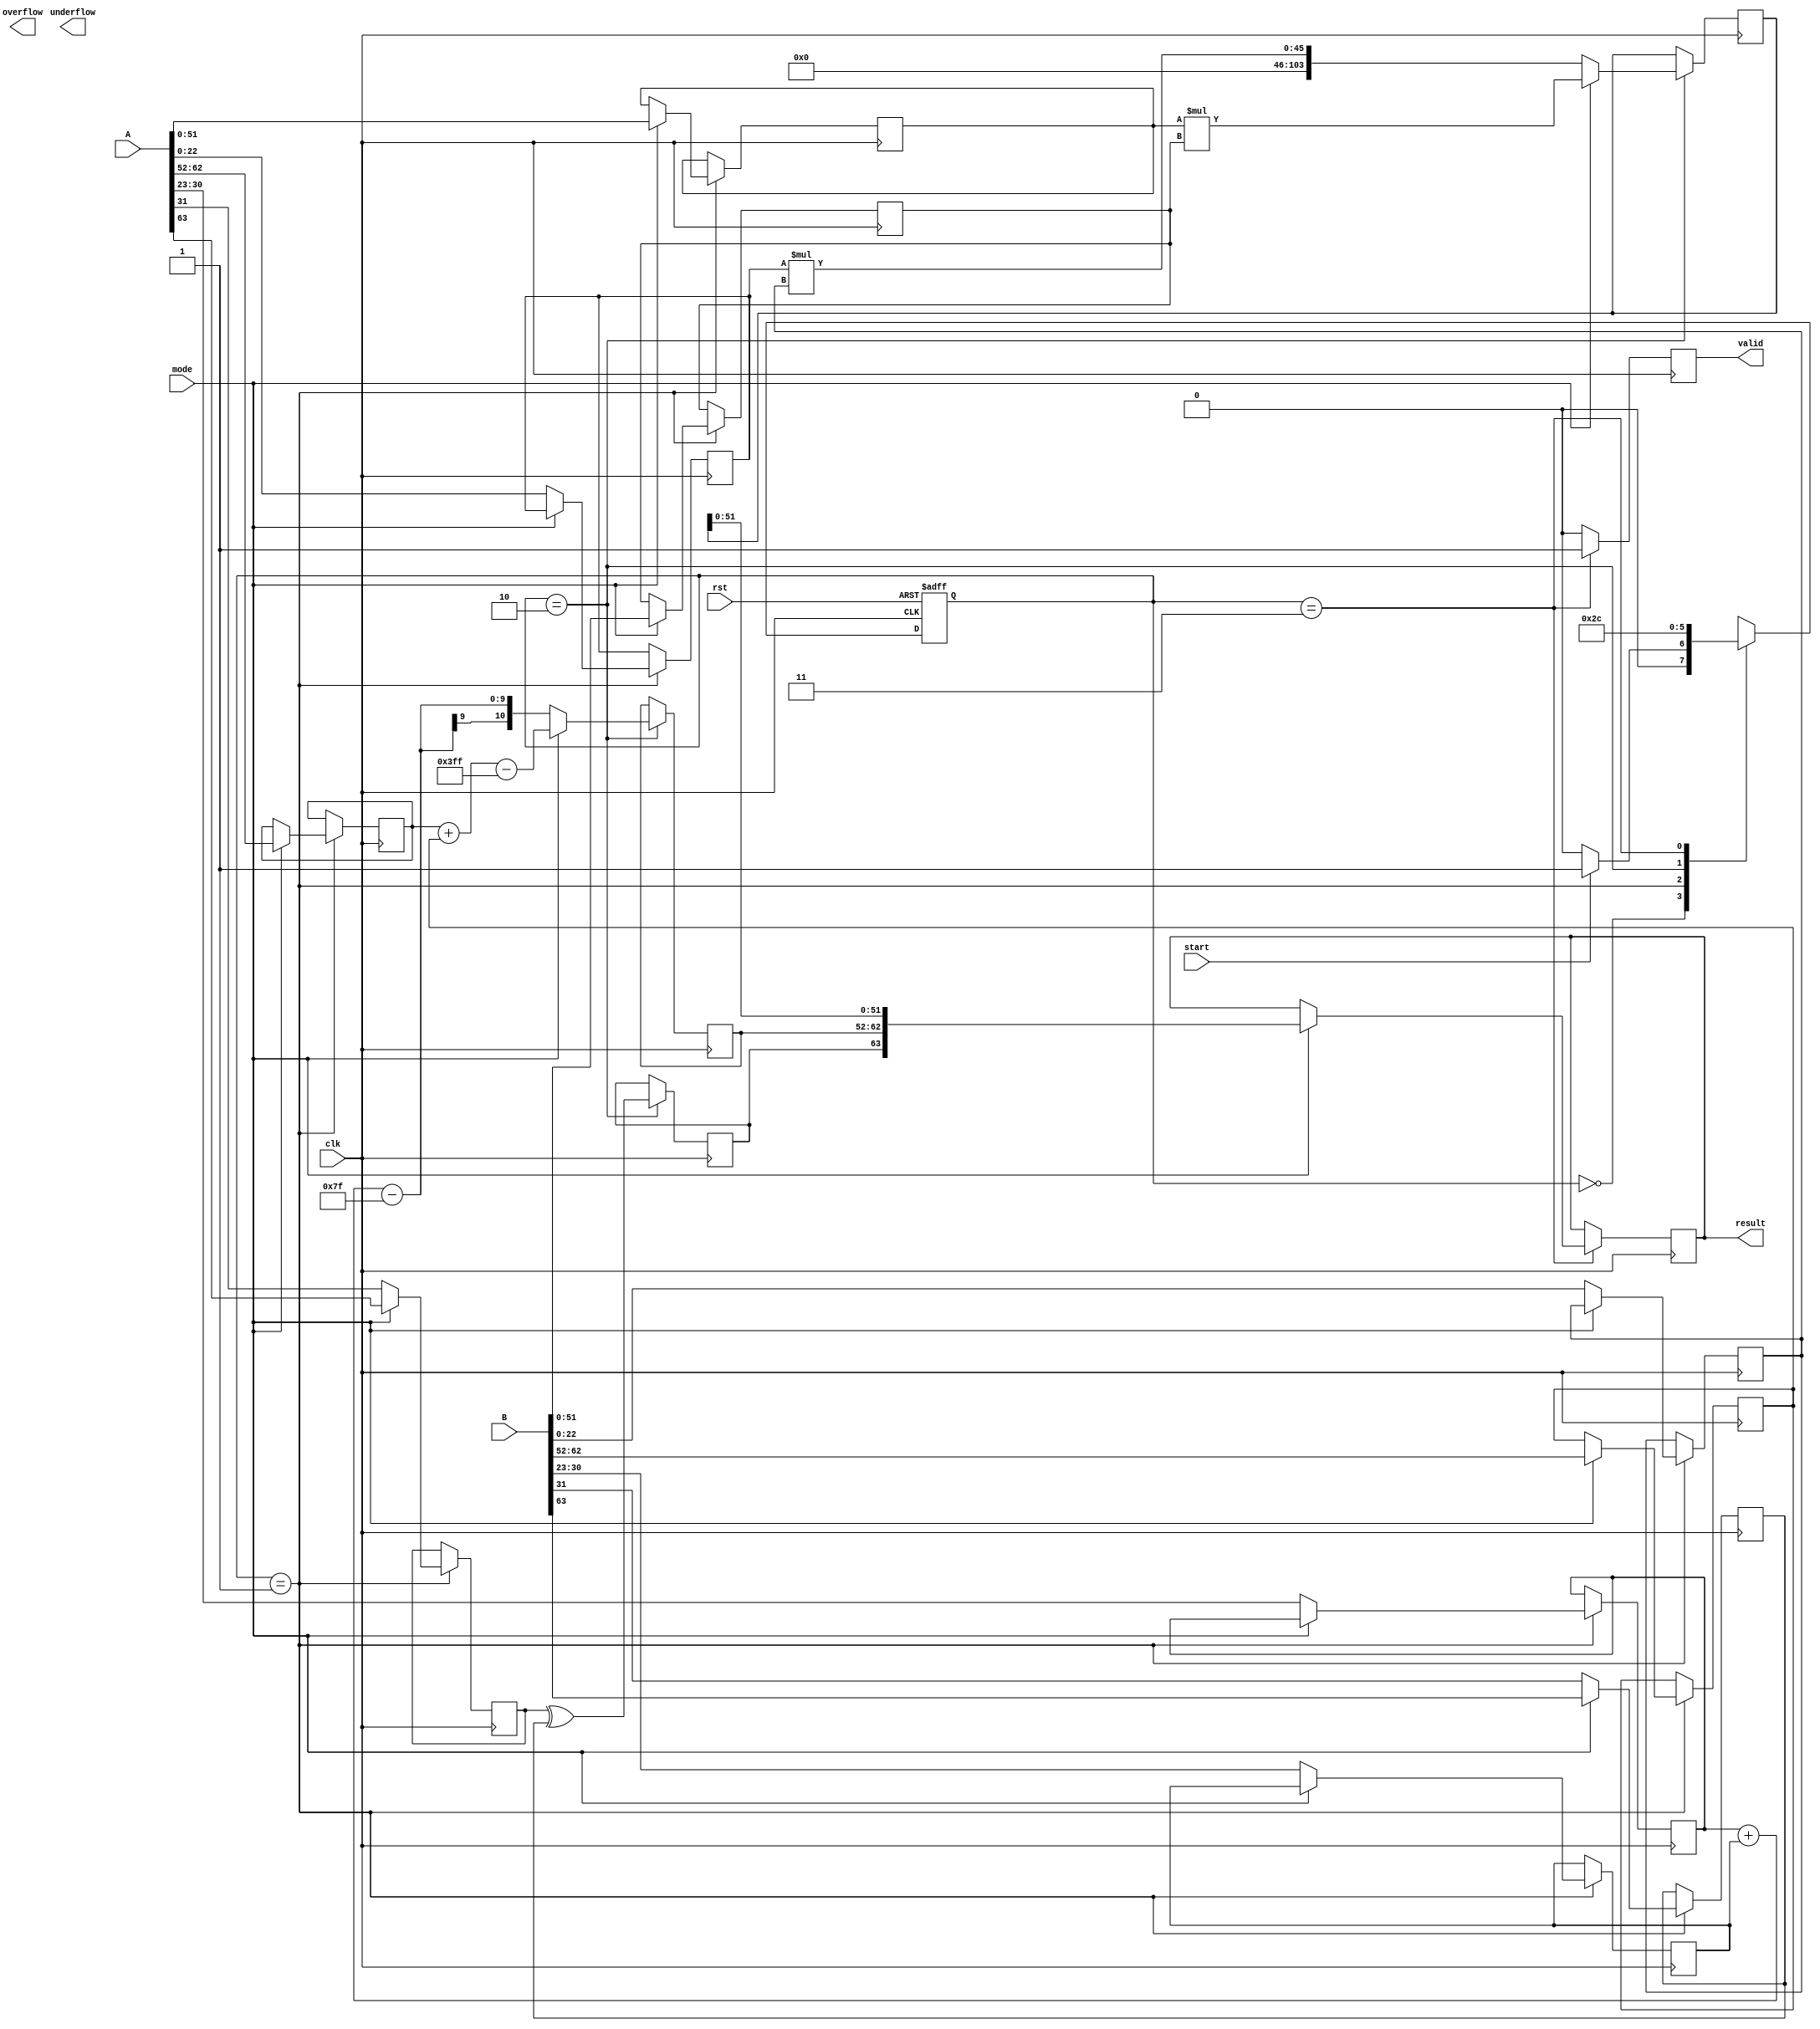
module FP_Multiplier(
    input wire [63:0] A,      // Input A (double precision)
    input wire [63:0] B,      // Input B (double precision)
    input wire clk,           // Clock signal
    input wire rst,           // Reset signal
    input wire start,         // Start signal
    input wire mode,          // 0 for single precision, 1 for double precision
    output reg [63:0] result, // Output result (double precision)
    output reg valid,         // Output valid signal
    output reg overflow,      // Overflow flag
    output reg underflow      // Underflow flag
);

    // Decomposer: Define parameter for both precisions
    parameter PRECISION_SINGLE = 0;
    parameter PRECISION_DOUBLE = 1;

    // Parameters for single and double precision
    localparam SINGLE_EXP_BITS = 8;
    localparam SINGLE_MANT_BITS = 23;
    localparam SINGLE_BIAS = 127;
    
    localparam DOUBLE_EXP_BITS = 11;
    localparam DOUBLE_MANT_BITS = 52;
    localparam DOUBLE_BIAS = 1023;

    reg [1:0] state, next_state;

    // Internal signals for decomposed parts
    reg sign_A, sign_B, sign_result;
    reg [SINGLE_EXP_BITS-1:0] exp_A_single, exp_B_single;
    reg [DOUBLE_EXP_BITS-1:0] exp_A_double, exp_B_double;
    reg [SINGLE_MANT_BITS-1:0] mant_A_single, mant_B_single;
    reg [DOUBLE_MANT_BITS-1:0] mant_A_double, mant_B_double;
    
    // Result components
    reg [DOUBLE_EXP_BITS-1:0] exp_result;
    reg [DOUBLE_MANT_BITS*2-1:0] mant_result;
    
    // State definitions
    localparam IDLE = 2'b00;
    localparam DECOMPOSE = 2'b01;
    localparam MULTIPLY = 2'b10;
    localparam NORMALIZE = 2'b11;

    // Decompose inputs based on mode
    always @(posedge clk or posedge rst) begin
        if (rst) begin
            state <= IDLE;
        end else begin
            state <= next_state;
        end
    end

    // State machine for states
    always @(*) begin
        case (state)
            IDLE: begin
                if (start) begin
                    next_state = DECOMPOSE;
                end else begin
                    next_state = IDLE;
                end
            end
            DECOMPOSE: next_state = (mode == PRECISION_SINGLE) ? MULTIPLY : MULTIPLY; 
            MULTIPLY: next_state = NORMALIZE;
            NORMALIZE: next_state = IDLE;
            default: next_state = IDLE;
        endcase
    end

    // Decomposition and multiplication logic
    always @(posedge clk) begin
        if (state == DECOMPOSE) begin
            if (mode == PRECISION_SINGLE) begin
                // Single precision decomposition
                sign_A <= A[31];
                sign_B <= B[31];
                exp_A_single <= A[30:23];
                exp_B_single <= B[30:23];
                mant_A_single <= {1'b1, A[22:0]}; // Implicit leading one
                mant_B_single <= {1'b1, B[22:0]}; // Implicit leading one
            end else begin
                // Double precision decomposition
                sign_A <= A[63];
                sign_B <= B[63];
                exp_A_double <= A[62:52];
                exp_B_double <= B[62:52];
                mant_A_double <= {1'b1, A[51:0]}; // Implicit leading one
                mant_B_double <= {1'b1, B[51:0]}; // Implicit leading one
            end
        end

        if (state == MULTIPLY) begin
            if (mode == PRECISION_SINGLE) begin
                // Mantissa multiplication
                mant_result <= mant_A_single * mant_B_single;
                exp_result <= exp_A_single + exp_B_single - SINGLE_BIAS;
                sign_result <= sign_A ^ sign_B;
            end else begin
                // Mantissa multiplication
                mant_result <= mant_A_double * mant_B_double;
                exp_result <= exp_A_double + exp_B_double - DOUBLE_BIAS;
                sign_result <= sign_A ^ sign_B;
            end
        end
        
        if (state == NORMALIZE) begin
            // Normalization logic (simplified)
            // Here, you can implement your normalization logic. 
            // This is a placeholder and might involve shifting 
            // the mantissa and adjusting the exponent.
            
            // Simplified example: assume normalization done.
            // Adjust exponent and set overflow/underflow flags based on the result
            
            // Final assembling of result
            if (mode == PRECISION_DOUBLE) begin
                result <= {sign_result, exp_result, mant_result[DOUBLE_MANT_BITS-1:0]};
            end
            valid <= 1'b1; // Indicate output is valid
        end else begin
            valid <= 1'b0; // Output is not valid
        end
    end

endmodule